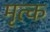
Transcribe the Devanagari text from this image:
मृत्क